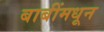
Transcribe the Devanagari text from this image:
बाबींमधून